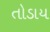
તોડાય